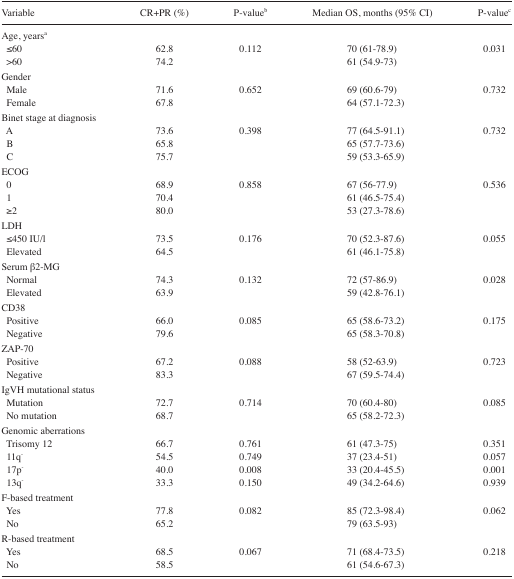
<table><thead><tr><td><b>Variable</b></td><td><b>CR+PR (%)</b></td><td><b>P-value<sup>b</sup></b></td><td><b>Median OS, months (95% CI)</b></td><td><b>P-value<sup>c</sup></b></td></tr></thead><tbody><tr><td>Age, years<sup>a</sup></td><td></td><td></td><td></td><td></td></tr><tr><td>≤60</td><td>62.8</td><td>0.112</td><td>70 (61–78.9)</td><td>0.031</td></tr><tr><td>&gt;60</td><td>74.2</td><td></td><td>61 (54.9–73)</td><td></td></tr><tr><td>Gender</td><td></td><td></td><td></td><td></td></tr><tr><td>Male</td><td>71.6</td><td>0.652</td><td>69 (60.6–79)</td><td>0.732</td></tr><tr><td>Female</td><td>67.8</td><td></td><td>64 (57.1–72.3)</td><td></td></tr><tr><td>Binet stage at diagnosis</td><td></td><td></td><td></td><td></td></tr><tr><td>A</td><td>73.6</td><td>0.398</td><td>77 (64.5–91.1)</td><td>0.732</td></tr><tr><td>B</td><td>65.8</td><td></td><td>65 (57.7–73.6)</td><td></td></tr><tr><td>C</td><td>75.7</td><td></td><td>59 (53.3–65.9)</td><td></td></tr><tr><td>ECOG</td><td></td><td></td><td></td><td></td></tr><tr><td>0</td><td>68.9</td><td>0.858</td><td>67 (56–77.9)</td><td>0.536</td></tr><tr><td>1</td><td>70.4</td><td></td><td>61 (46.5–75.4)</td><td></td></tr><tr><td>≥2</td><td>80.0</td><td></td><td>53 (27.3–78.6)</td><td></td></tr><tr><td>LDH</td><td></td><td></td><td></td><td></td></tr><tr><td>≤450 IU/l</td><td>73.5</td><td>0.176</td><td>70 (52.3–87.6)</td><td>0.055</td></tr><tr><td>Elevated</td><td>64.5</td><td></td><td>61 (46.1–75.8)</td><td></td></tr><tr><td>Serum β2-MG</td><td></td><td></td><td></td><td></td></tr><tr><td>Normal</td><td>74.3</td><td>0.132</td><td>72 (57–86.9)</td><td>0.028</td></tr><tr><td>Elevated</td><td>63.9</td><td></td><td>59 (42.8–76.1)</td><td></td></tr><tr><td>CD38</td><td></td><td></td><td></td><td></td></tr><tr><td>Positive</td><td>66.0</td><td>0.085</td><td>65 (58.6–73.2)</td><td>0.175</td></tr><tr><td>Negative</td><td>79.6</td><td></td><td>65 (58.3–70.8)</td><td></td></tr><tr><td>ZAP-70</td><td></td><td></td><td></td><td></td></tr><tr><td>Positive</td><td>67.2</td><td>0.088</td><td>58 (52–63.9)</td><td>0.723</td></tr><tr><td>Negative</td><td>83.3</td><td></td><td>67 (59.5–74.4)</td><td></td></tr><tr><td>IgVH mutational status</td><td></td><td></td><td></td><td></td></tr><tr><td>Mutation</td><td>72.7</td><td>0.714</td><td>70 (60.4–80)</td><td>0.085</td></tr><tr><td>No mutation</td><td>68.7</td><td></td><td>65 (58.2–72.3)</td><td></td></tr><tr><td>Genomic aberrations</td><td></td><td></td><td></td><td></td></tr><tr><td>Trisomy 12</td><td>66.7</td><td>0.761</td><td>61 (47.3–75)</td><td>0.351</td></tr><tr><td>11q<sup>−</sup></td><td>54.5</td><td>0.749</td><td>37 (23.4–51)</td><td>0.057</td></tr><tr><td>17p<sup>−</sup></td><td>40.0</td><td>0.008</td><td>33 (20.4–45.5)</td><td>0.001</td></tr><tr><td>13q<sup>−</sup></td><td>33.3</td><td>0.150</td><td>49 (34.2–64.6)</td><td>0.939</td></tr><tr><td>F-based treatment</td><td></td><td></td><td></td><td></td></tr><tr><td>Yes</td><td>77.8</td><td>0.082</td><td>85 (72.3–98.4)</td><td>0.062</td></tr><tr><td>No</td><td>65.2</td><td></td><td>79 (63.5–93)</td><td></td></tr><tr><td>R-based treatment</td><td></td><td></td><td></td><td></td></tr><tr><td>Yes</td><td>68.5</td><td>0.067</td><td>71 (68.4–73.5)</td><td>0.218</td></tr><tr><td>No</td><td>58.5</td><td></td><td>61 (54.6–67.3)</td><td></td></tr></tbody></table>